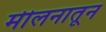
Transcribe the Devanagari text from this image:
मीलनातून